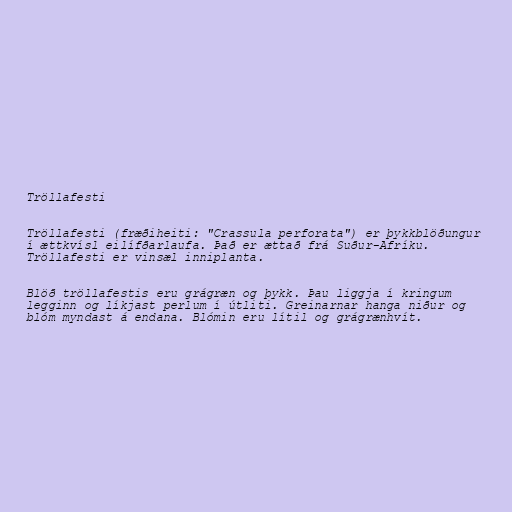
Tröllafesti

Tröllafesti (fræðiheiti: "Crassula perforata") er þykkblöðungur
í ættkvísl eilífðarlaufa. Það er ættað frá Suður-Afríku.
Tröllafesti er vinsæl inniplanta.

Blöð tröllafestis eru grágræn og þykk. Þau liggja í kringum
legginn og líkjast perlum í útliti. Greinarnar hanga niður og
blóm myndast á endana. Blómin eru lítil og grágrænhvít.